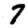
Digit: 7